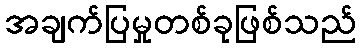
အချက်ပြမှုတစ်ခုဖြစ်သည်